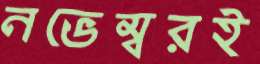
নভেম্বরই